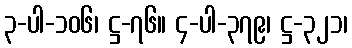
၃-ပါ-၁၀၆၊ ဋ္ဌ-၇၆။ ၄-ပါ-၃၇၉၊ ဋ္ဌ-၃၂၁၊